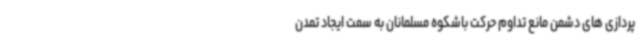
پردازی های دشمن مانع تداوم حرکت باشکوه مسلمانان به سمت ایجاد تمدن